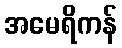
အမေရိကန်